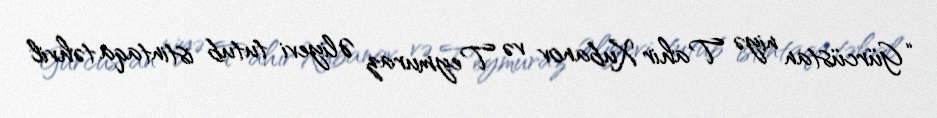
“Gürcüstan niyə Tahir Xubanov və Teymuraz Əliyevi tutub istintaqa təhvil